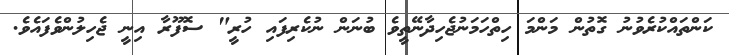
ކަންތައްކުރެވުނު ގޮތުން މަންމަ ހިތްހަމަނުޖެހިދާނޭތީވެ ބުނަން ނުކެރިފައި ހުރީ" ސޮފޫރާ އިނީ ޖެހިލުންވެފައެވެ.